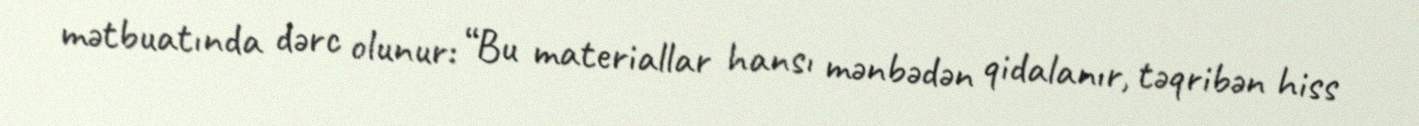
mətbuatında dərc olunur: “Bu materiallar hansı mənbədən qidalanır, təqribən hiss